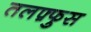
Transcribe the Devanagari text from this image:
तलफ़्फुस